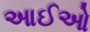
આઈઓ